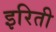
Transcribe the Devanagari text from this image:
इरिती